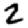
Digit: 2